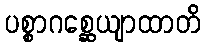
ပစ္စာဂစ္ဆေယျာထာတိ